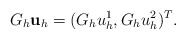
\begin{align*}G_{h}\mathbf u_{h}=(G_{h}u_{h}^{1},G_{h}u_{h}^{2})^{T}.\end{align*}